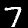
Label: 7